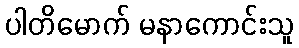
ပါတိမောက် မနာကောင်းသူ